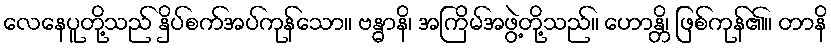
လေနေပူတို့သည် နှိပ်စက်အပ်ကုန်သော။ ဗန္ဓာနိ၊ အကြိမ်အဖွဲ့တို့သည်။ ဟောန္တိ၊ ဖြစ်ကုန်၏။ တာနိ